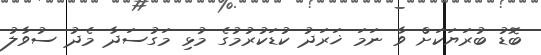
ބޮޑު ބުރަޔަކަށް ވާ ނަމަ ޚަރަދު ކުޑަކުރުމުގެ މުޅި މަގުސަދާ މެދު ސުވާލު